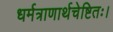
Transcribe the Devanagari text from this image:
धर्मत्राणार्थचेष्टितः।